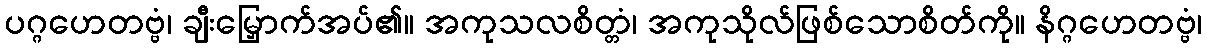
ပဂ္ဂဟေတဗ္ဗံ၊ ချီးမြှောက်အပ်၏။ အကုသလစိတ္တံ၊ အကုသိုလ်ဖြစ်သောစိတ်ကို။ နိဂ္ဂဟေတဗ္ဗံ၊